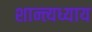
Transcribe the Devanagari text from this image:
शान्त्यध्याय